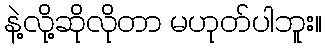
နဲ့လို့ဆိုလိုတာ မဟုတ်ပါဘူး။